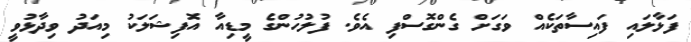
ފަޅާލައި ފައިސާތަކެއް ވަގަށް ގެންގޮސްފި އެވެ. ފުލުހުންގެ މީޑިއާ އޮފިޝަލަކު މިއަދު ވިދާޅުވީ